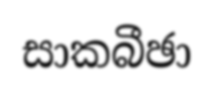
සාකබීඡා